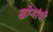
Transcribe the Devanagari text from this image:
खोऱ्यांची